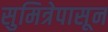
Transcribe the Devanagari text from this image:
सुमित्रेपासून